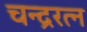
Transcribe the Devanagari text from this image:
चन्द्ररत्न